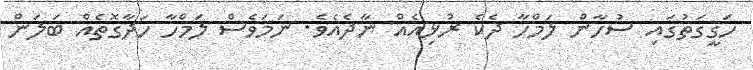
ހަގީގަތުގައި ސުހާން ލަމްހާ ދެކެ ރުޅިއެއް ނާދެއެވެ. ނަމަވެސް ލަމްހާ ހަދާގޮތެއް ބަލަން